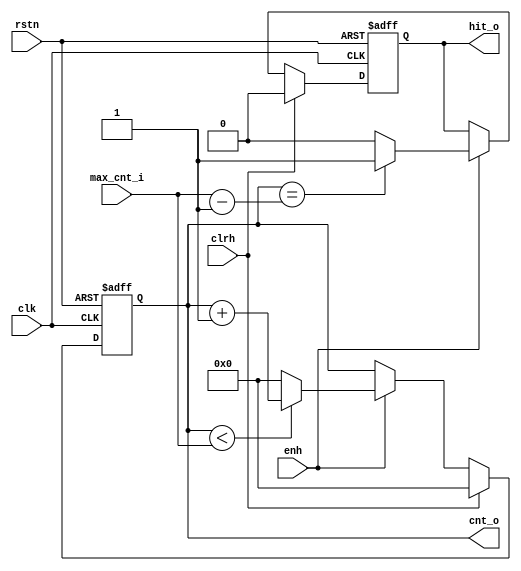
// este bloque reemplaza a counter
/*	
   ===================================================================
   Module Name  : Synchronous Up Counter MOD N
      
   Filenhme     : upCounter.v
   Type         : Verilog Module
   
   Description  : Synchronous Up Counter MOD N with "hit" signal.

                  This block is an Up counter with parametrizable modulus CNT_MOD.
                  It's maximum count value is defined by the input max_cnt_i.
                  The output hit_o signal will be high when the counter reaches
                  max_cnt_i.
  
   -----------------------------------------------------------------------------
   Clocks      : posedge clock "clk"
   Resets      : async negedge "rstn"
                 sync posedge "clrh"
   enable      : high active "enh" 
   
   Parameters  :   
         NAME                 Comments                   Default
         ------------------------------------------------------------------------------
         CNT_MOD              Modulus of the counter     160 
         ------------------------------------------------------------------------------
   Version     : 1.0
   Data        : 14 Nov 2018
   Revision    : -
   Reviser     : -		
   ------------------------------------------------------------------------------
      Modification Log "please register all the modifications in this area"
      (D/M/Y)  
      
   ----------------------
   // Instance template
   ----------------------
   upCounter 
   #(
      .CNT_MOD    (),
   )
   "MODULE_NAME"
   (
      clk         (),
      rstn        (),
      clrh        (),
      enh         (),
      hit_o       (),
      max_cnt_i   (),
      cnt_o       ()
   );
*/

module upCounter 
#(
   parameter CNT_MOD = 160
)(
   input    clk,
   input    rstn,
   //-------------ctrl signals---------------//
	input    clrh,
   input    enh,
   output   hit_o,
   //-------------data/addr signals-----------//
	input    [CeilLog2(CNT_MOD)-1 : 0]  max_cnt_i,
	output   [CeilLog2(CNT_MOD)-1 : 0]  cnt_o

);

reg hit_;
reg n_hit;
reg [CeilLog2(CNT_MOD)-1 : 0] cnt_;
reg [CeilLog2(CNT_MOD)-1 : 0] n_cnt;

always@(posedge clk, negedge rstn)begin
	if (~rstn) begin
		cnt_ <= 0;
		hit_ <= 1'b0;	
	end
	else if(clrh) begin
		cnt_ <= 0;
		hit_ <= 1'b0;	
	end
	else if (enh) begin 
		cnt_ <= n_cnt;
		hit_ <= n_hit;	
	end
	else begin
		cnt_ <= cnt_ ;
		hit_ <= hit_;
	end
end

always@(*) begin 
	if (cnt_ == (max_cnt_i-1'b1)) begin
		n_hit	= 1'b1;
	end
	else begin
		n_hit	= 1'b0;
	end
	
	if (cnt_ < (max_cnt_i)) begin
		n_cnt = cnt_ + 1'b1;
	end
	else begin
		n_cnt = 0;
	end
end

assign hit_o = hit_;
assign cnt_o = cnt_;

function integer CeilLog2;
  input integer data;
  integer i, result;
  	  begin
	  result = 1; 
		  for (i = 0; 2**i < data; i = i + 1)
			result = i + 1; 
			CeilLog2 = result;
	  end 
  endfunction
  
endmodule